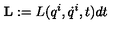
{ \bf L } : = L ( q ^ { i } , \dot { q } ^ { i } , t ) d t